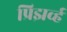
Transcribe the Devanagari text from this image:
प्रिझर्व्ह